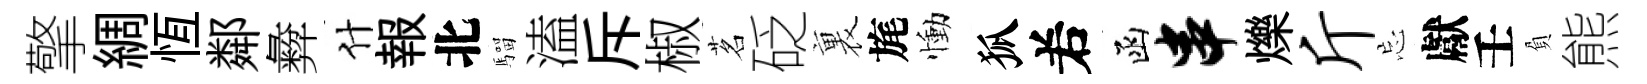
擎綢恆鄰彜什報北騮溘斥椒茗砭裏旄慟狐𠰥函串爍斤忘獻壬負熊